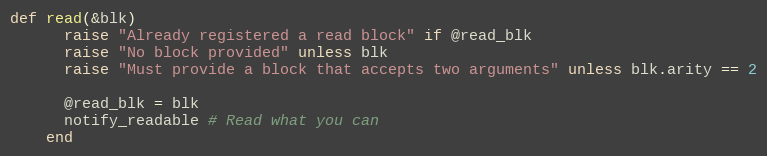
Language: Ruby
def read(&blk)
      raise "Already registered a read block" if @read_blk
      raise "No block provided" unless blk
      raise "Must provide a block that accepts two arguments" unless blk.arity == 2

      @read_blk = blk
      notify_readable # Read what you can
    end